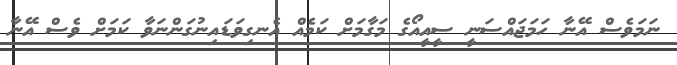
ނަމަވެސް އޭނާ ހަމަޖައްސަނީ ސީއީއޯގެ މަގާމަށް ކަމެއް އެނގިވަޑައިނުގަންނަވާ ކަމަށް ވެސް އޭނާ